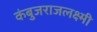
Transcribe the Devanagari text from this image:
कंबुजराजलक्ष्मी